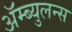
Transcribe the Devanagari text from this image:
ॲम्ब्युलन्स